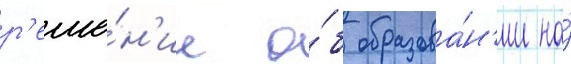
р'еше́н'ие о́б образова́н'ии на́